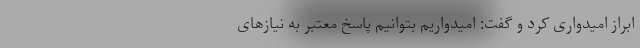
ابراز امیدواری کرد و گفت: امیدواریم بتوانیم پاسخ معتبر به نیازهای